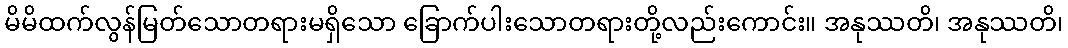
မိမိထက်လွန်မြတ်သောတရားမရှိသော ခြောက်ပါးသောတရားတို့လည်းကောင်း။ အနုဿတိ၊ အနုဿတိ၊